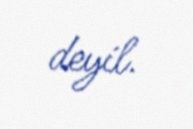
deyil.